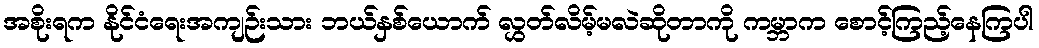
အစိုးရက နိုင်ငံရေးအကျဉ်းသား ဘယ်နှစ်ယောက် လွှတ်လိမ့်မလဲဆိုတာကို ကမ္ဘာက စောင့်ကြည့်နေကြပါ